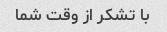
با تشکر از وقت شما